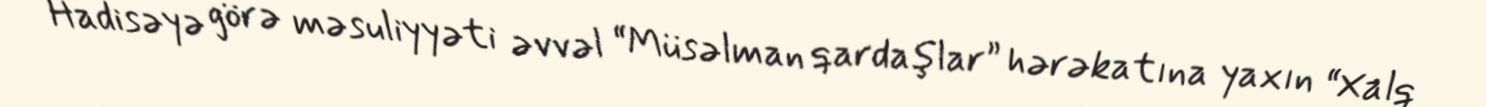
Hadisəyə görə məsuliyyəti əvvəl “Müsəlman qardaşlar” hərəkatına yaxın “Xalq